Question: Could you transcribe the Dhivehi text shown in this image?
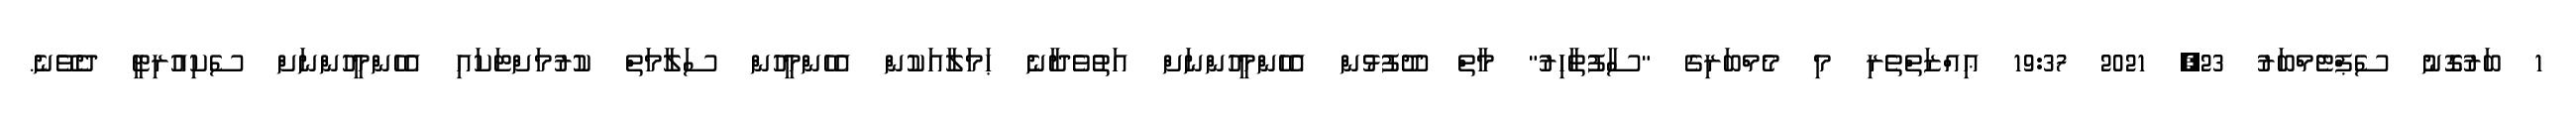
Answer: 1 ބަރުގޮނު ސެޕްޓެމްބަރު 23, 2021 19:37 ޢިއްޒަތްތެރި މި މެމްބަރިގެ "ސާފުތާހިރު" މާތް ދޫފުޅުން އެހެންމީހުންނަށް އަތުވެދާނެ ޙަމަލާއަކުން އެހެންމީހުން ސަލާމަތް ކުރުމަށްޓަކައި އެހެންމީހުންނަށް ސެކިއުރިޓީ ދެވޭނެ.